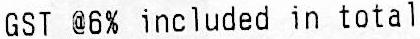
GST @6% INCLUDED IN TOTAL